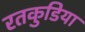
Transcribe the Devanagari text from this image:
रतकुडिया